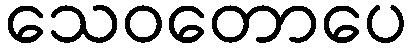
သေဝတောပေ